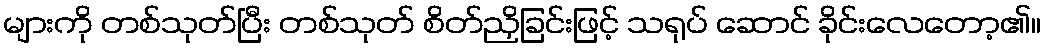
များကို တစ်သုတ်ပြီး တစ်သုတ် စိတ်ညှိခြင်းဖြင့် သရုပ် ဆောင် ခိုင်းလေတော့၏။